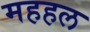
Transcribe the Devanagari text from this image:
महहल